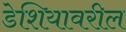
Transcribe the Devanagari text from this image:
डेशियावरील